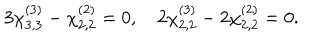
3 \chi _ { 3 , 3 } ^ { ( 3 ) } - \chi _ { 2 , 2 } ^ { ( 2 ) } = 0 , \quad 2 \chi _ { 2 , 2 } ^ { ( 3 ) } - 2 \chi _ { 2 , 2 } ^ { ( 2 ) } = 0 .